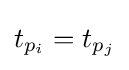
t_{p_{i}}=t_{p_{j}}